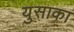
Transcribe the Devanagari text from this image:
युसाका